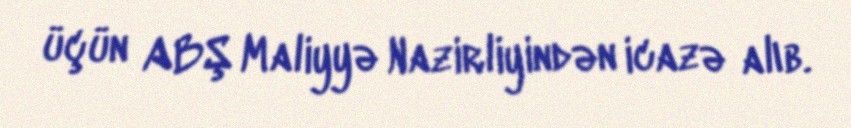
üçün ABŞ Maliyyə Nazirliyindən icazə alıb.